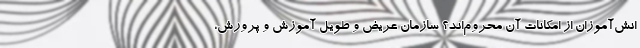
انش‌آموزان از امکانات آن محروم‌اند؟ سازمان عریض و طویل آموزش و پرورش،